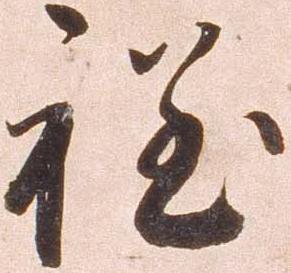
程